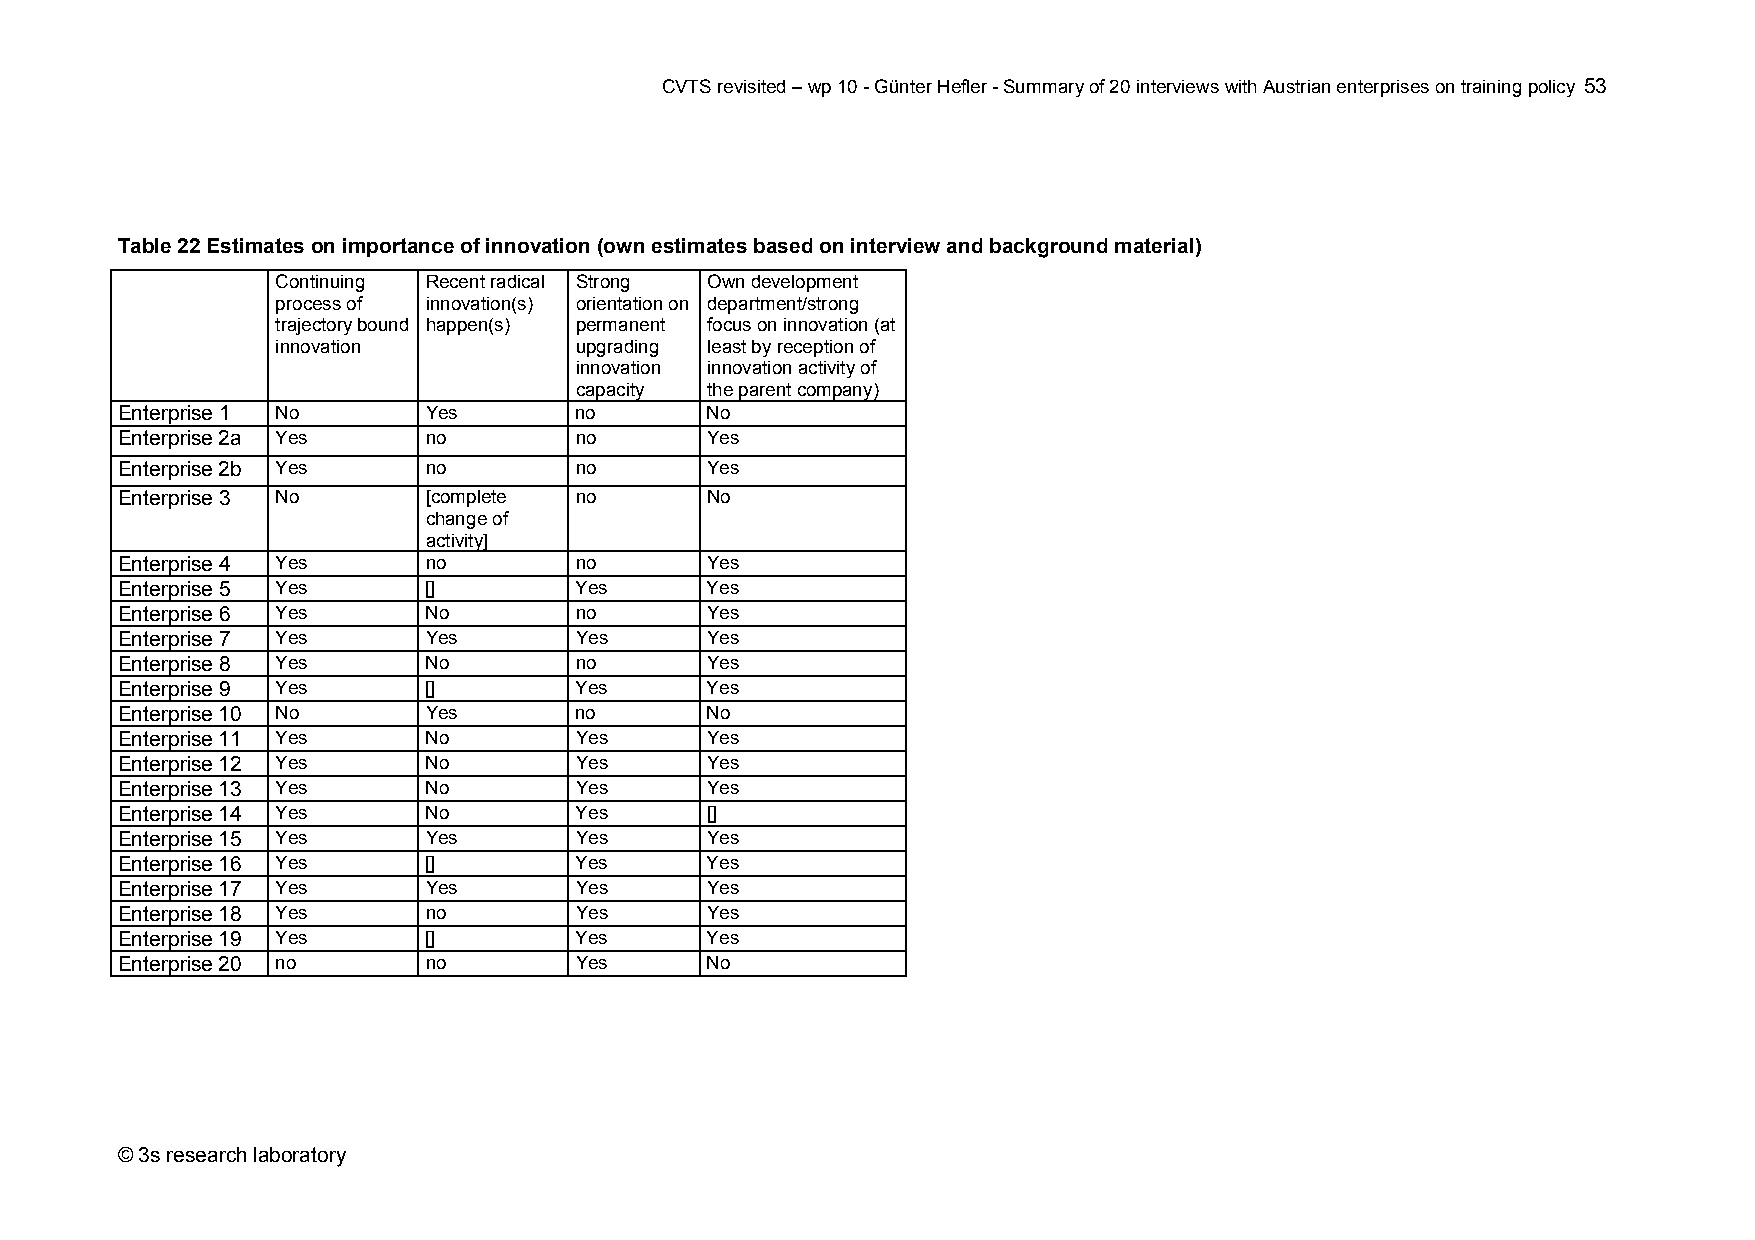
CVTS revisited – wp 10 - Günter Hefler - Summary of 20 interviews with Austrian enterprises on training policy 53
 Table 22 Estimates on importance of innovation (own estimates based on interview and background material)
 Continuing Recent radical Strong Own development
 process of innovation(s) orientation on department/strong
 trajectory bound happen(s) permanent focus on innovation (at
 innovation          upgrading least by reception of
 innovation innovation activity of
 capacity the parent company)
 Enterprise 1 No     Yes       no       No
 Enterprise 2a Yes   no        no       Yes
 Enterprise 2b Yes   no        no       Yes
 Enterprise 3 No     [complete no       No
 change of
 activity]
 Enterprise 4 Yes    no        no       Yes
 Enterprise 5 Yes    []        Yes      Yes
 Enterprise 6 Yes    No        no       Yes
 Enterprise 7 Yes    Yes       Yes      Yes
 Enterprise 8 Yes    No        no       Yes
 Enterprise 9 Yes    []        Yes      Yes
 Enterprise 10 No    Yes       no       No
 Enterprise 11 Yes   No        Yes      Yes
 Enterprise 12 Yes   No        Yes      Yes
 Enterprise 13 Yes   No        Yes      Yes
 Enterprise 14 Yes   No        Yes      []
 Enterprise 15 Yes   Yes       Yes      Yes
 Enterprise 16 Yes   []        Yes      Yes
 Enterprise 17 Yes   Yes       Yes      Yes
 Enterprise 18 Yes   no        Yes      Yes
 Enterprise 19 Yes   []        Yes      Yes
 Enterprise 20 no    no        Yes      No
 © 3s research laboratory